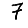
Digit: 7